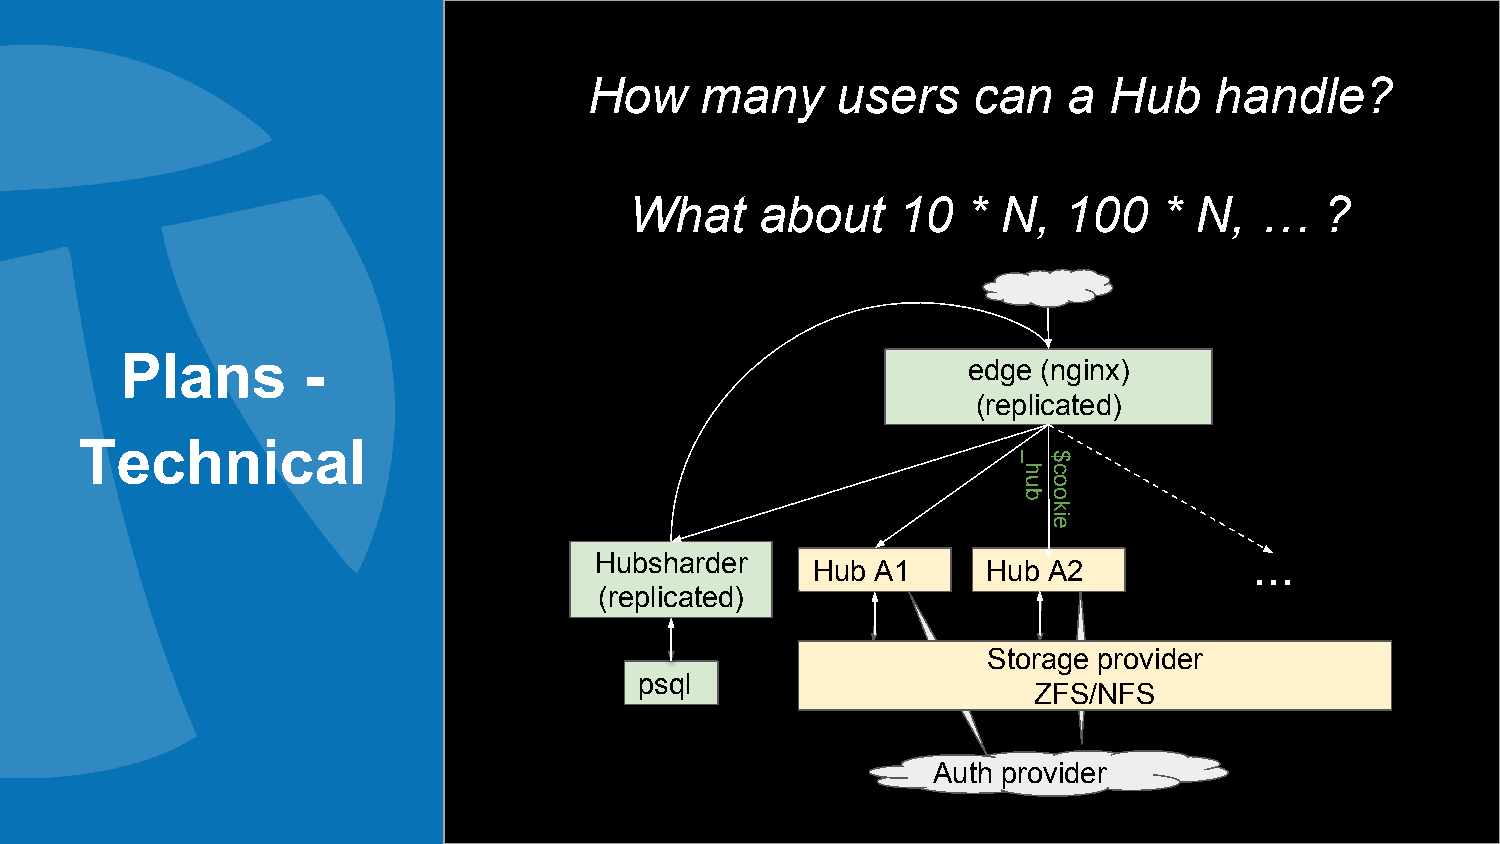
How    many     users    can    a Hub    handle?
 What    about    10   * N,   100   * N,  …    ?
 Plans       -
 edge (nginx)
 (replicated)
 Technical
 Hubsharder                                  ...
 Hub A1     Hub A2
 (replicated)
 Storage provider
 psql
 ZFS/NFS
 Auth provider
 _hub $cookie